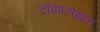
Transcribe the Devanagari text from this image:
टाइपलेखन